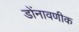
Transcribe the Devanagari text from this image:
डोंनावणीक